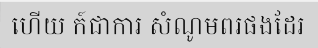
ហើយ ក៍ជាការ សំណូមពរផងដែរ